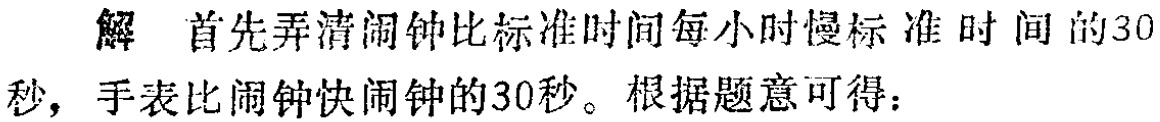
解 首先弄清闹钟比标准时间每小时慢标准时间的30秒，手表比闹钟快闹钟的30秒。根据题意可得：